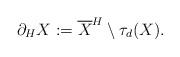
LaTeX: \begin{align*}\partial_H X:=\overline{X}^{H}\setminus\tau_d(X).\end{align*}